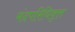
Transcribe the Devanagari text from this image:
मंदपरिधिवृत्त